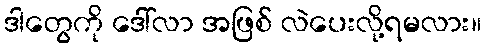
ဒါတွေကို ဒေါ်လာ အဖြစ် လဲပေးလို့ရမလား။